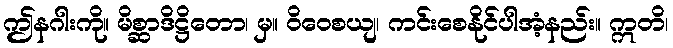
ဤနဂါးကို။ မိစ္ဆာဒိဋ္ဌိတော၊ မှ။ ဝိဝေစယျ၊ ကင်းစေနိုင်ပါအံ့နည်း။ ဣတိ၊